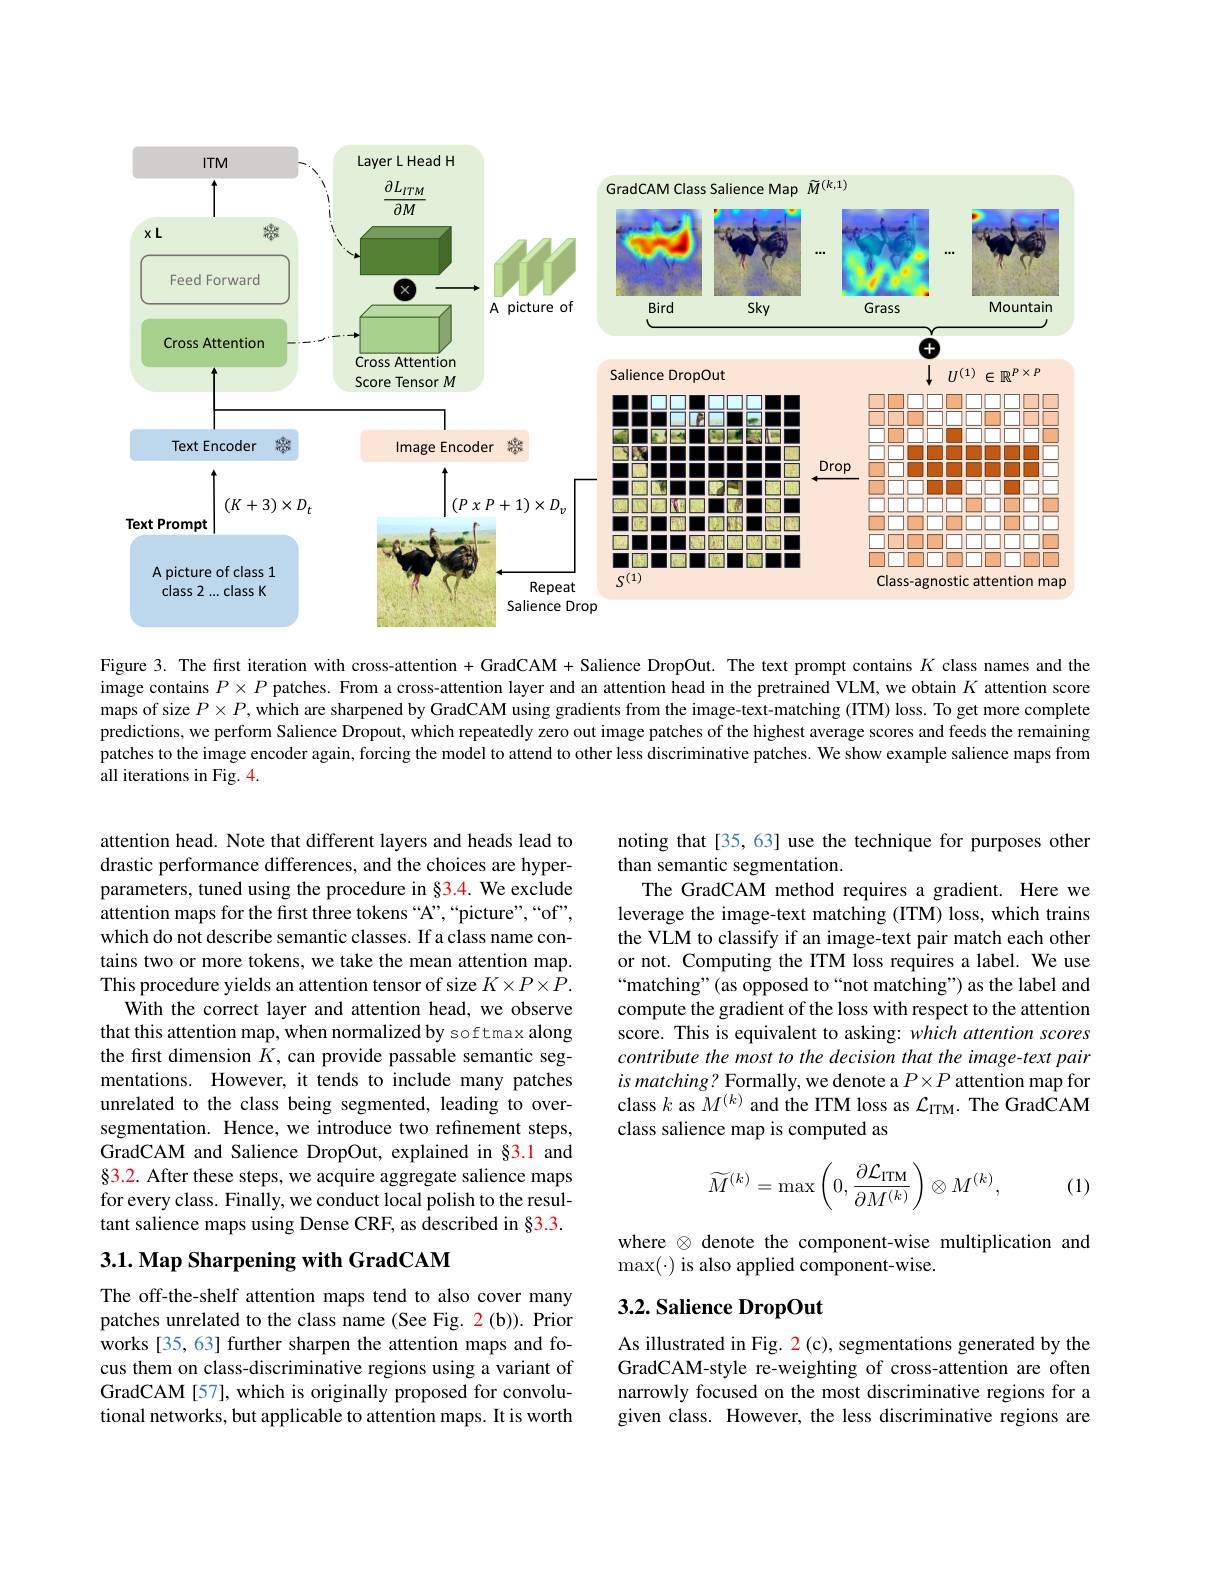
<FigureHere>

Figure 3. The first iteration with cross-attention + GradCAM + Salience DropOut. The text prompt contains $K$ class names and the image contains $P\times P$ patches. From a cross-attention layer and an attention head in the pretrained VLM, we obtain $K$ attention score maps of size $P\times P$, which are sharpened by GradCAM using gradients from the image-text-matching (ITM) loss. To get more complete predictions, we perform Salience Dropout, which repeatedly zero out image patches of the highest average scores and feeds the remaining patches to the image encoder again, forcing the model to attend to other less discriminative patches. We show example salience maps from all iterations in Fig. 4.

noting that[35,63] use the technique for purposes other
than semantic segmentation.
The GradCAM method requires a gradient. Here we leverage the image-text matching (ITM) loss, which trains the VLM to classify if an image-text pair match each other or not. Computing the ITM loss requires a label. We use “matching”( as opposed to“not matching”) as the label and compute the gradient of the loss with respect to the attention score. This is equivalent to asking: which attention scores contribute the most to the decision that the image-text pair $is\textit{matching? Formally, we denote a }P\times P$ attention map for class $k$ as $M^{(k)}$ and the ITM loss as $\mathcal{L}_\mathrm{ITM}.$ The GradCAM class salience map is computed as

attention head. Note that different layers and heads lead to drastic performance differences, and the choices are hyperparameters, tuned using the procedure in §3.4. We exclude attention maps for the first three tokens “A”,“picture",“of”, which do not describe semantic classes. If a class name contains two or more tokens, we take the mean attention map. This procedure yields an attention tensor of size $K\times P\times P.$
With the correct layer and attention head, we observe that this attention map, when normalized by softmax along the frst dimension $\hat{K}$, can provide passable semantic segmentations. However, it tends to include many patches unrelated to the class being segmented, leading to oversegmentation. Hence, we introduce two refinement steps, GradCAM and Salience DropOut, explained in §3.1 and $\S3.2.$ After these steps, we acquire aggregate salience maps for every class. Finally, we conduct local polish to the resultant salience maps using Dense CRF, as described in §3.3.
$$\widetilde M^{(k)}=\max\left(0,\frac{\partial\mathcal L_{\mathrm{ITM}}}{\partial M^{(k)}}\right)\otimes M^{(k)},$$
(1)

where $\otimes$ denote the component-wise multiplication and
$\max(\cdot)$ is also applied component-wise.

## 3.1. Map Sharpening with GradCAM

# 3.2. Salience DropOut

The off-the-shelf attention maps tend to also cover many patches unrelated to the class name (See Fig. 2(b)). Prior works [35,63] further sharpen the attention maps and focus them on class-discriminative regions using a variant of GradCAM[57], which is originally proposed for convolutional networks, but applicable to attention maps. It is worth

As illustrated in Fig. 2 (c), segmentations generated by the GradCAM-style re-weighting of cross-attention are often narrowly focused on the most discriminative regions for a given class. However, the less discriminative regions are